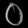
Digit: ၀